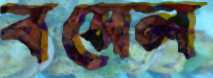
বসেল